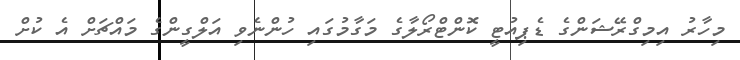
މިހާރު އިމިގްރޭޝަންގެ ޑެޕިއުޓީ ކޮންޓްރޯލާގެ މަގާމުގައި ހުންނެވި އަލްގީންގެ މައްޗަށް އެ ކުށް